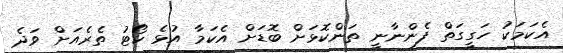
އެކަމަކު ހަގީގަތް ފެންނާނީ ތަންކޮޅަށް ބޮޑަށް އެކަމާ އުޅެ ކޯޓު ތެރެއަށް ވަދެ